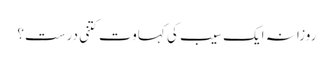
روزانہ ایک سیب کی کہاوت کتنی درست؟